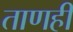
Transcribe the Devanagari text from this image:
ताणही